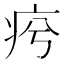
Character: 𤵕